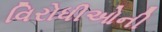
વિરોધીઓની